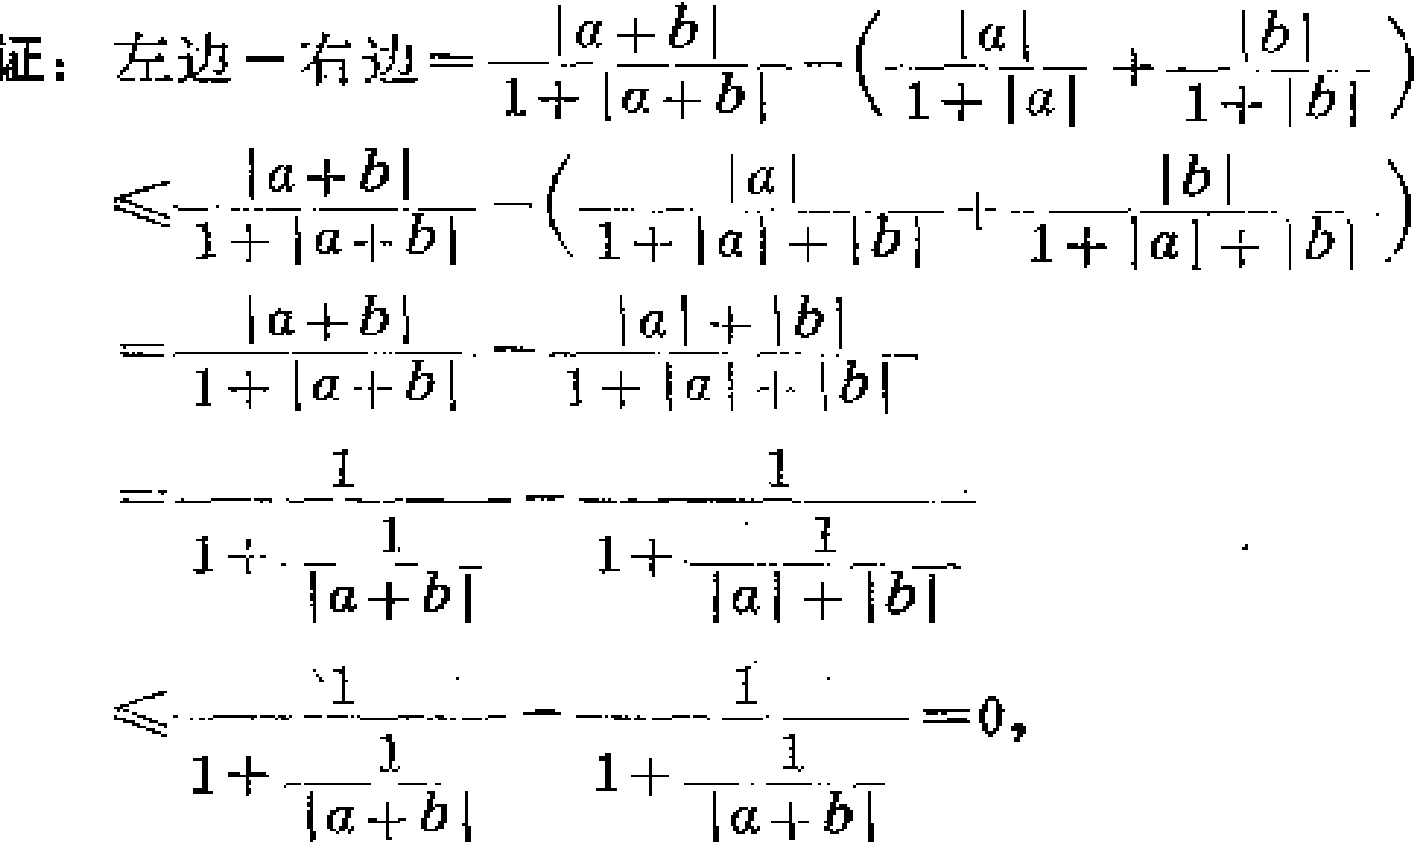
\begin{align*}

\text{证：左边}-\text{右边}&=\frac{|a + b|}{1+|a + b|}-\left(\frac{|a|}{1+|a|}+\frac{|b|}{1+|b|}\right)\\

&\leqslant\frac{|a + b|}{1+|a + b|}-\left(\frac{|a|}{1+|a|+|b|}+\frac{|b|}{1+|a|+|b|}\right)\\

&=\frac{|a + b|}{1+|a + b|}-\frac{|a|+|b|}{1+|a|+|b|}\\

&=\frac{1}{1+\frac{1}{|a + b|}}-\frac{1}{1+\frac{1}{|a|+|b|}}\\

&\leqslant\frac{1}{1+\frac{1}{|a + b|}}-\frac{1}{1+\frac{1}{|a + b|}} = 0,

\end{align*}